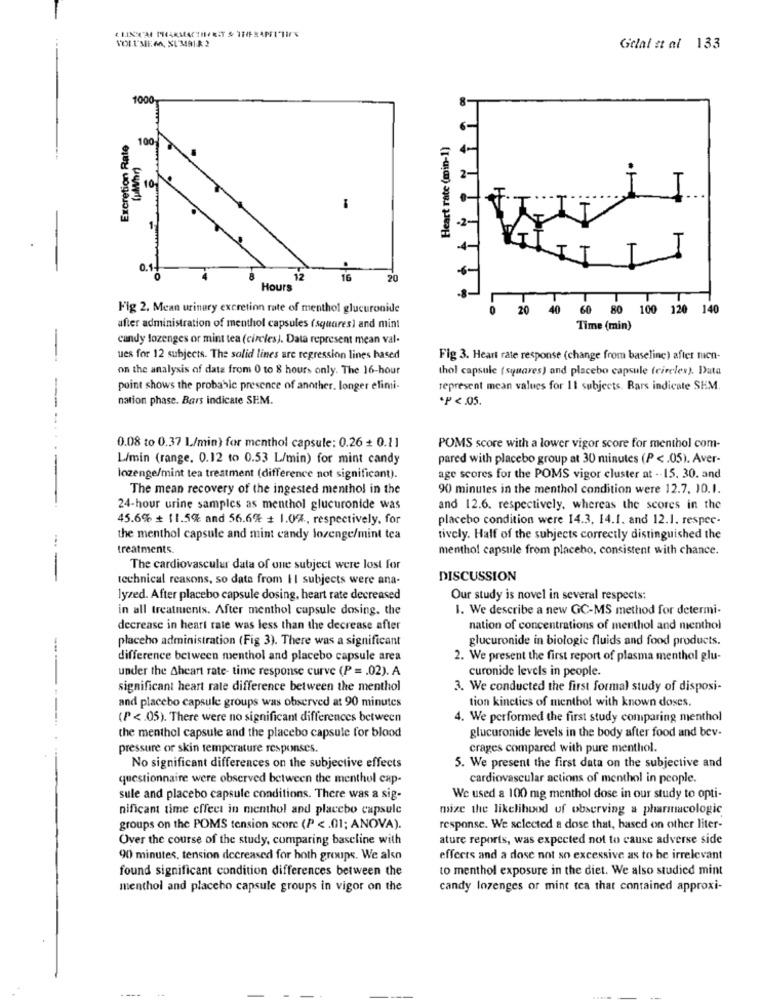
Gelal et al 133
1000
Excretion Rate
100
Heart rate (min-1)
10
T
-
--
T
1
0.
12
16
20
Hours
Fig 2. Mean urinary excretion rate of menthol glucuronide
20 40
60 80 100 120 140
after administration of menthol capsules (squares) and mint
Time (min)
candy lozenges or mint tea (circles). Data represent mean val-
--
ues for 12 subjects. The solid lines are regression lines based
Fig 3. Heart rate response (change from baseline) after nicn-
on the analysis of data from 0 to 8 hours only. The 16-hour
thol capsule (squares) and placebo capsule (circles). Duta
point shows the probable presence of another. longer elimi-
represent mean values for 11 subjects. Rars indicate SEM.
nation phase. Bars indicate SEM.
*P <. 05.
--..
0.08 to 0.37 L/min) for menthol capsule: 0.26 + 0.11
POMS score with a lower vigor score for menthol com-
L/min (range. 0.12 to 0.53 L/min) for mint candy
pared with placebo group at 30 minutes (P <. 05). Aver-
-
lozenge/mint tea treatment (difference not significant).
age scores for the POMS vigor cluster at -- 15. 30. and
The mean recovery of the ingested menthol in the
90 minutes in the menthol condition were 12.7. 10.1.
24-hour urine samples as menthol glucuronide was
and 12.6. respectively, whereas the scores in the
45.6% + 11.5% and 56.6% + 1.0%, respectively, for
placebo condition were 14.3, 14.1. and 12.1. respec-
the menthol capsule and mint candy lozenge/mint tea
tively. Half of the subjects correctly distinguished the
treatments.
menthol capsule from placebo, consistent with chance.
The cardiovascular data of one subject were lost for
-
technical reasons, so data from II subjects were ana-
DISCUSSION
lyzed. After placebo capsule dosing, heart rate decreased
Our study is novel in several respects:
in all treatments. After menthol capsule dosing, the
1. We describe a new GC-MS method for determi-
decrease in heart rate was less than the decrease after
nation of concentrations of menthol and menthol
placeho administration (Fig 3). There was a significant
glucuronide in biologie fluids and food products.
difference between menthol and placebo capsule area
2. We present the first report of plasma menthol glu-
under the Aheart rate- time response curve (P = . 02). A
curonide levels in people.
significant heart rate difference between the menthol
3. We conducted the first formal study of disposi-
and placebo capsule groups was observed at 90 minutes
tion kinetics of menthol with known doses.
(P <. 05). There were no significant differences between
4. We performed the first study comparing menthol
glucuronide levels in the body after food and bev-
the menthol capsule and the placebo capsule for blood
pressure or skin temperature responses.
crages compared with pure menthol.
No significant differences on the subjective effects
5. We present the first data on the subjective and
questionnaire were observed between the menthol cap-
cardiovascular actions of menthol in people.
sule and placebo capsule conditions. There was a sig-
We used a 100 mg menthol dose in our study to opti-
nificant time effect in menthol and placebo capsule
maize the likelihood of observing a pharmacologic
groups on the POMS tension score (P <. 01; ANOVA).
response. We selected a dose that, based on other liter-
Over the course of the study, comparing baseline with
ature reports, was expected not to cause adverse side
90 minutes, tension decreased for both groups. We also
effects and a dose not so excessive as to be irrelevant
found significant condition differences between the
to menthol exposure in the diet. We also studied mint
menthol and placebo capsule groups in vigor on the
candy lozenges or mint tea that contained approxi-